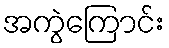
အကွဲကြောင်း